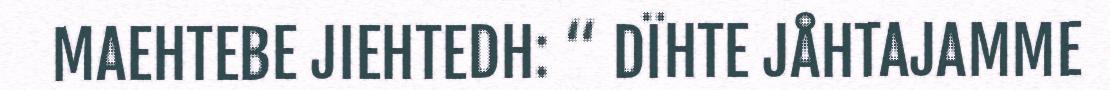
MAEHTEBE JIEHTEDH: “ DÏHTE JÅHTAJAMME